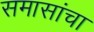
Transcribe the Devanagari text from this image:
समासांचा